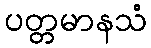
ပတ္တမာနသံ